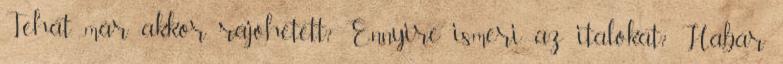
Tehát, már akkor rájöhetett? Ennyire ismeri az italokat? Habár